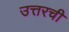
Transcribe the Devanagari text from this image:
उत्तरची